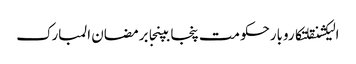
الیکشنقلتکاروبارحکومت پنجابپنجابرمضان المبارک